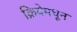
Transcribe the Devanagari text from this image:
क्रियेमधून